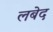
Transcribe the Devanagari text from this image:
लबेद